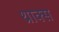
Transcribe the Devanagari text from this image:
थ्राक्स